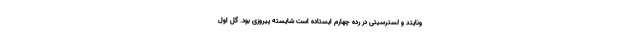
ونایتد و لسترسیتی در رده چهارم ایستاده است شایسته پیروزی بود. گل اول